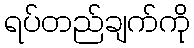
ရပ်တည်ချက်ကို